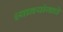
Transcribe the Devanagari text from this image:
ध्यानयोगाचे